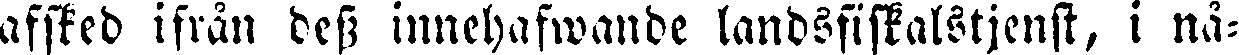
afsked ifrån dess innehafwande landsfiskalstjenst, i nå-